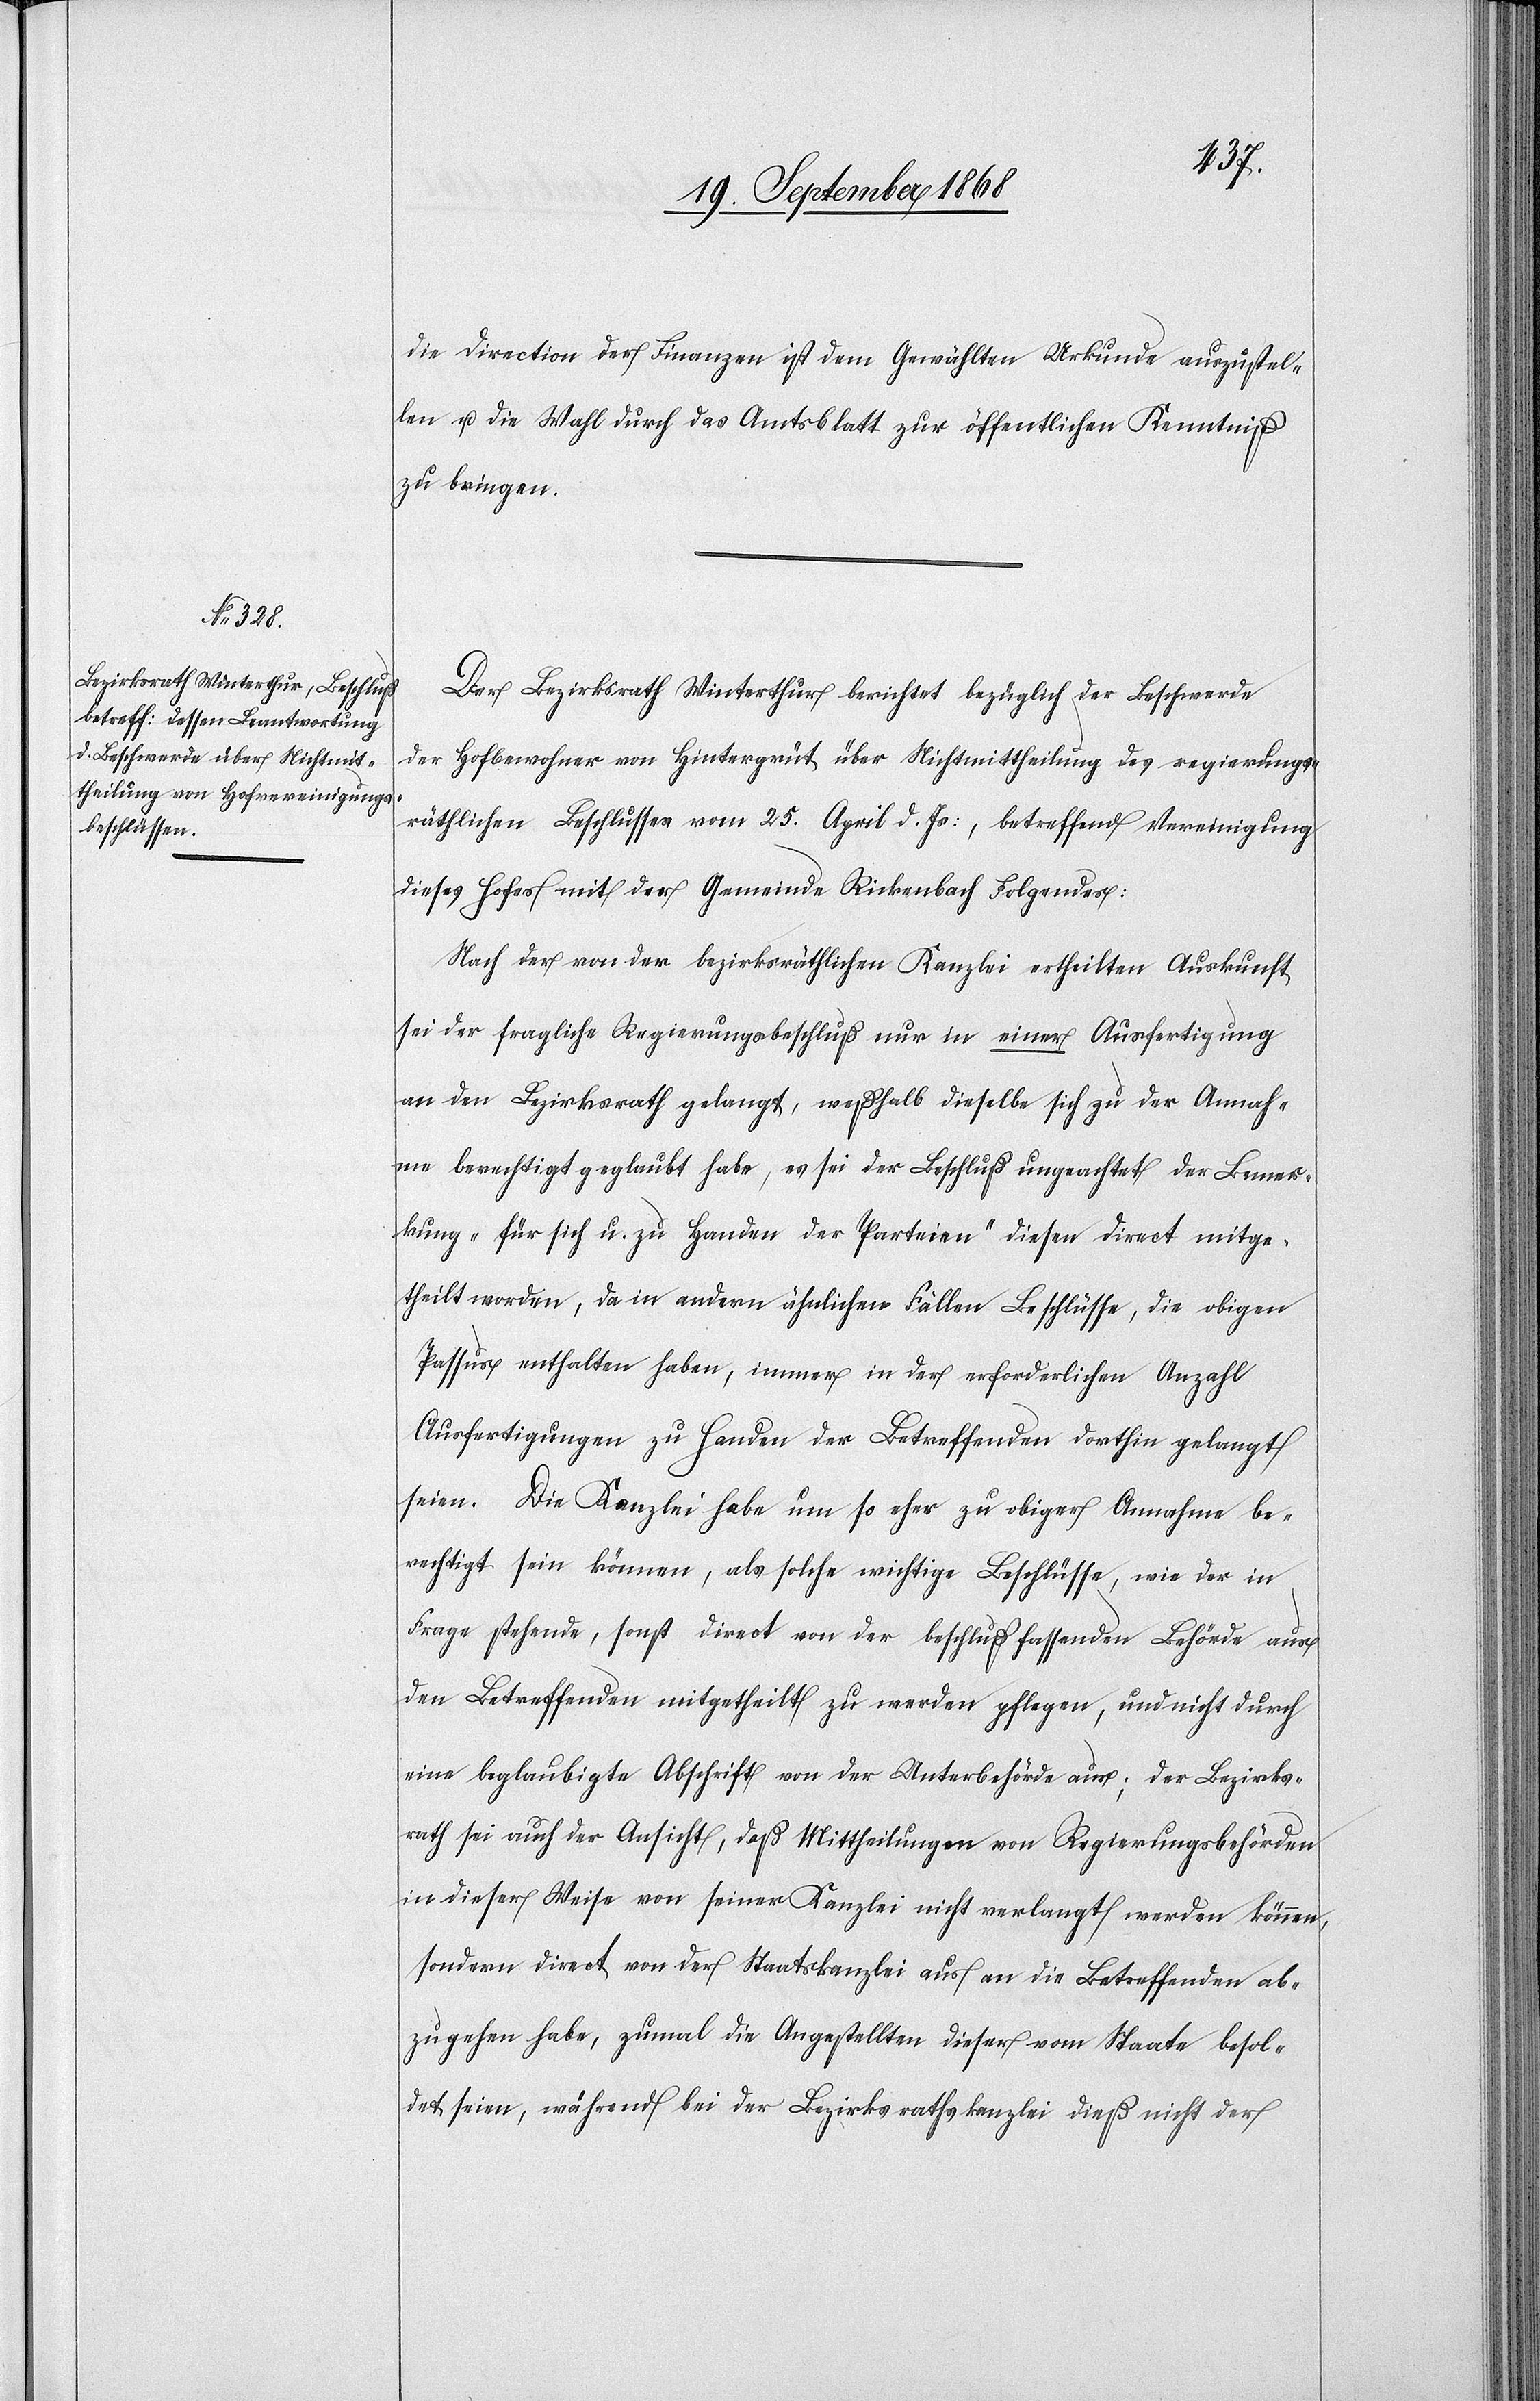
die Direction der Finanzen ist dem Gewählten Urkunde auszustel¬
len u. die Wahl durch das Amtsblatt zur öffentlichen Kenntniß
zu bringen.
Der Bezirksrath Winterthur berichtet bezüglich der Beschwerde
der Hofbewohner von Hintergrüt über Nichtmittheilung des regierungs¬
räthlichen Beschlusses vom 25. April d. Js:, betreffend Vereinigung
dieses Hofes mit der Gemeinde Rickenbach Folgendes:
Nach der von der bezirksräthlichen Kanzlei ertheilten Auskunft
sei der fragliche Regierungsbeschluß nur in einer Ausfertigung
an den Bezirksrath gelangt, weßhalb dieselbe sich zu der Annah¬
me berechtigt geglaubt habe, es sei der Beschluß ungeachtet der Bemer¬
kung „für sich u. zu Handen der Parteien“ diesen direct mitge¬
theilt worden, da in andern ähnlichen Fällen Beschlüsse, die obigen
Passus enthalten haben, immer in der erforderlichen Anzahl
Ausfertigungen zu Handen der Betreffenden dorthin gelangt
seien. Die Kanzlei habe um so eher zu obiger Annahme be¬
rechtigt sein können, als solche wichtige Beschlüsse, wie der in
Frage stehende, sonst direct von der beschlußfassenden Behörde aus
den Betreffenden mitgetheilt zu werden pflegen, und nicht durch
eine beglaubigte Abschrift von der Unterbehörde aus; der Bezirks¬
rath sei auch der Ansicht, daß Mittheilungen von Regierungsbehörden
in dieser Weise von seiner Kanzlei nicht verlangt werden können,
sondern direct von der Staatskanzlei aus an die Betreffenden ab¬
zugehen habe[n], zumal die Angestellten dieser vom Staate besol¬
det seien, während bei der Bezirksrathskanzlei dieß nicht der